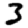
Digit: 3